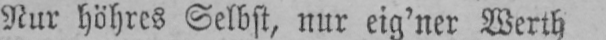
Nur höhres Selbst, nur eig’ner Werth